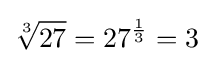
{\sqrt[{3}]{27}}=27^{\frac {1}{3}}=3